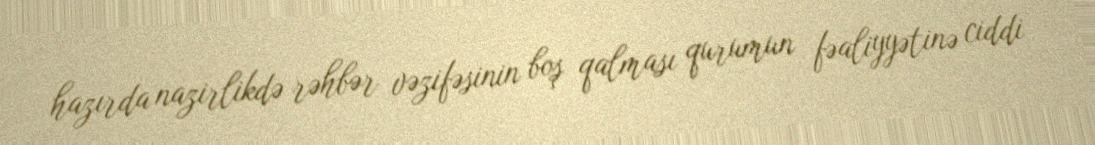
hazırda nazirlikdə rəhbər vəzifəsinin boş qalması qurumun fəaliyyətinə ciddi